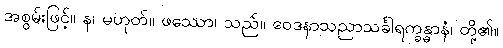
အစွမ်းဖြင့်။ န၊ မဟုတ်။ ဖဿော၊ သည်။ ဝေဒနာသညာသင်္ခါရက္ခန္ဓာနံ၊ တို့၏။